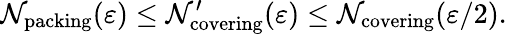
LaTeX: \mathcal{N}_{\mathrm{{packing}}}(\varepsilon)\leq\mathcal{N}_{\mathrm{{covering}}}^{\prime}(\varepsilon)\leq\mathcal{N}_{\mathrm{{covering}}}(\varepsilon/2).